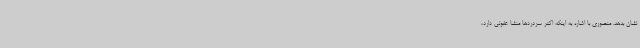
نشان بدهد. منصوری با اشاره به اینکه اکثر سردردها منشا عفونی دارد،